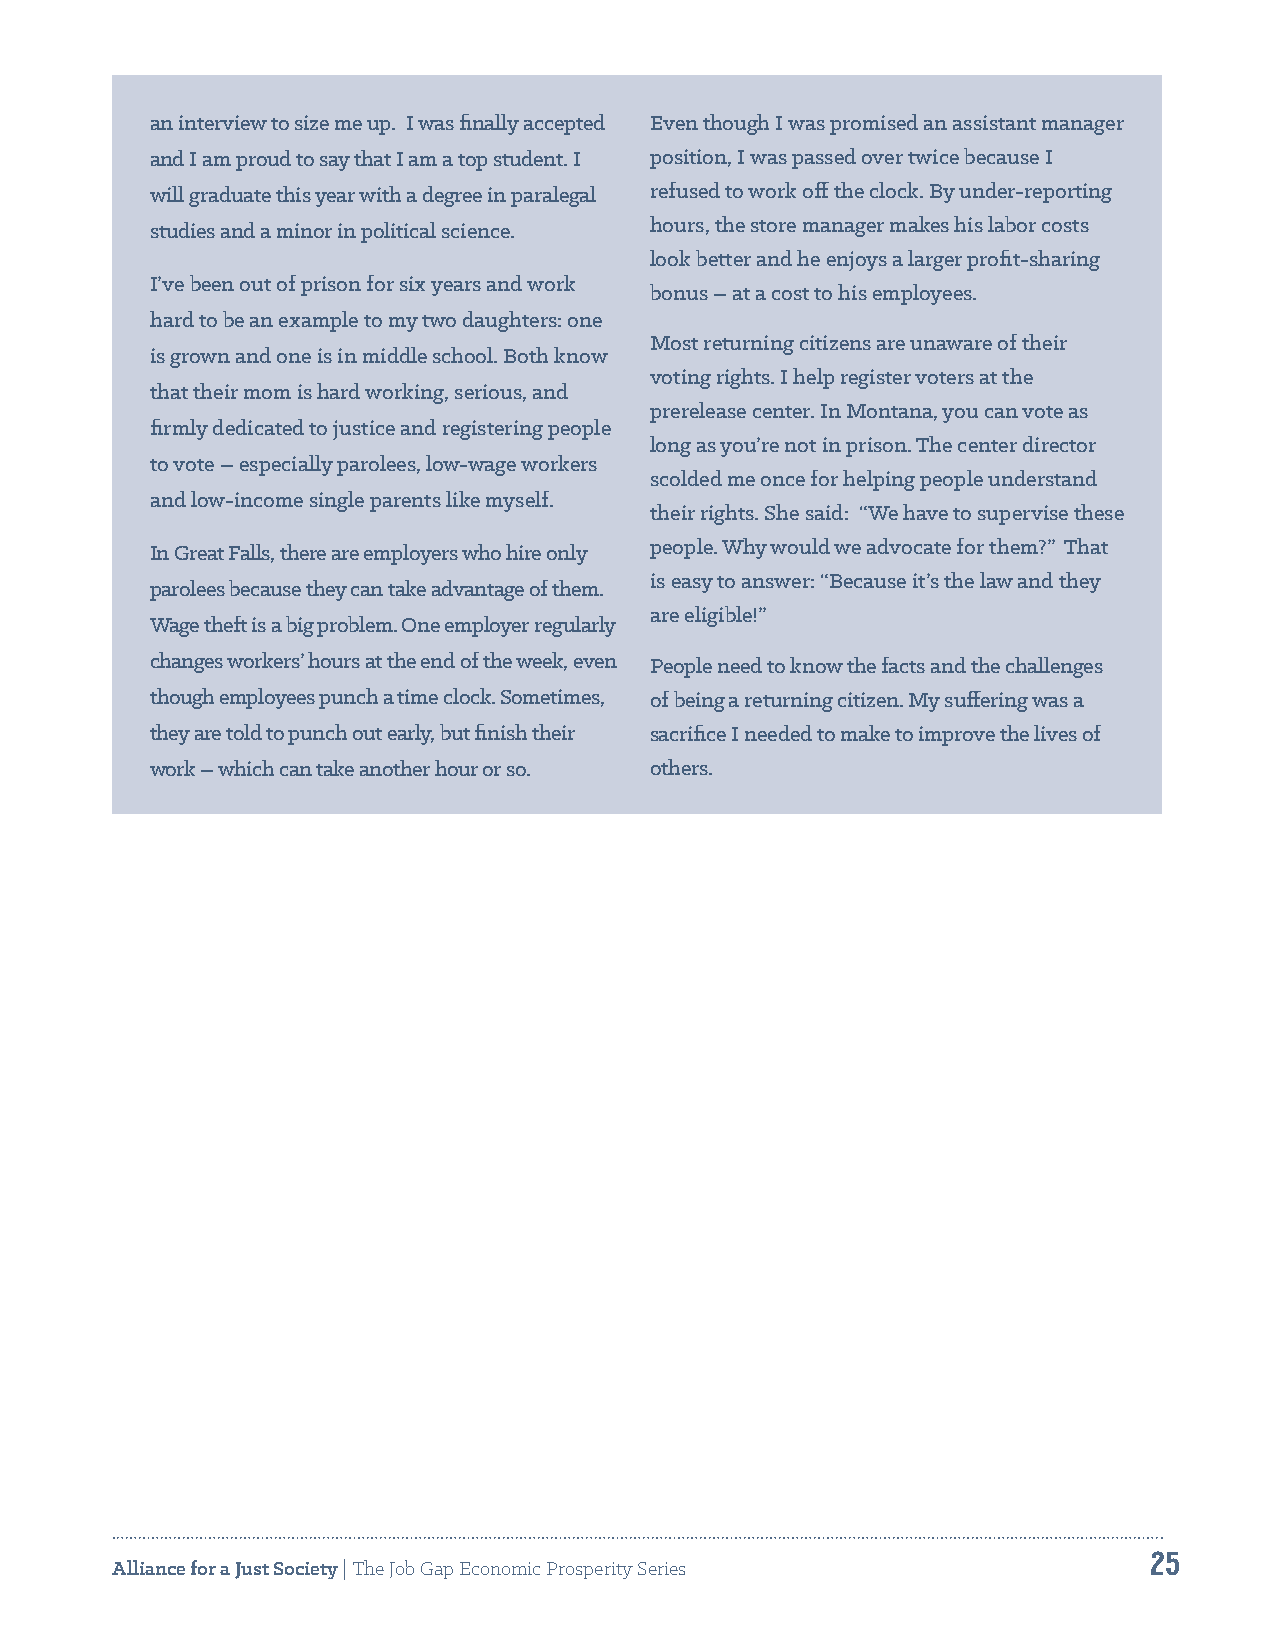
an interview to size me up. I was finally accepted Even though I was promised an assistant manager
 and I am proud to say that I am a top student. I position, I was passed over twice because I
 will graduate this year with a degree in paralegal refused to work off the clock. By under-reporting
 studies and a minor in political science. hours, the store manager makes his labor costs
 look better and he enjoys a larger profit-sharing
 I’ve been out of prison for six years and work
 bonus – at a cost to his employees.
 hard to be an example to my two daughters: one
 Most returning citizens are unaware of their
 is grown and one is in middle school. Both know
 voting rights. I help register voters at the
 that their mom is hard working, serious, and
 prerelease center. In Montana, you can vote as
 firmly dedicated to justice and registering people
 long as you’re not in prison. The center director
 to vote – especially parolees, low-wage workers
 scolded me once for helping people understand
 and low-income single parents like myself.
 their rights. She said: “We have to supervise these
 In Great Falls, there are employers who hire only people. Why would we advocate for them?” That
 is easy to answer: “Because it’s the law and they
 parolees because they can take advantage of them.
 are eligible!”
 Wage theft is a big problem. One employer regularly
 changes workers’ hours at the end of the week, even People need to know the facts and the challenges
 though employees punch a time clock. Sometimes, of being a returning citizen. My suffering was a
 they are told to punch out early, but finish their sacrifice I needed to make to improve the lives of
 work – which can take another hour or so. others.
 25
 Alliance for a Just Society | The Job Gap Economic Prosperity Series